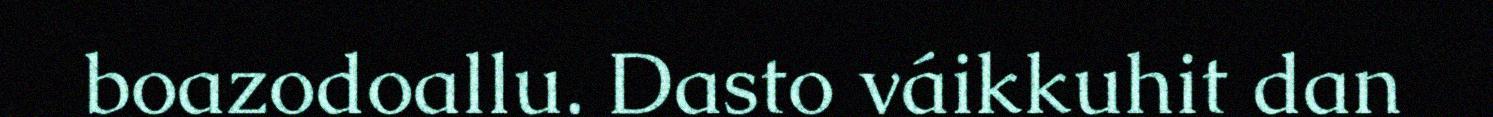
boazodoallu. Dasto váikkuhit dan